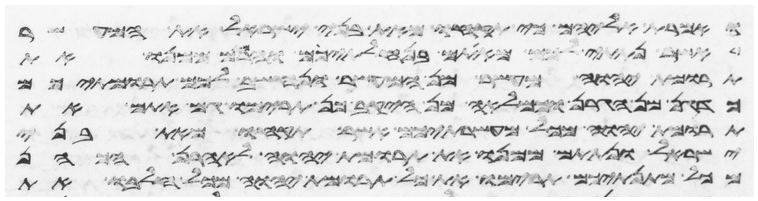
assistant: ואמרת אליהם כי תקחו מאת בני ישראל את המעשר
אשר נתתי לכם מאתם בנחלתיכם והרמתם ממנו את
תרומת יהוה מעשר מן המעשר ונחשב לכם תרומתיכם
כדגן מן הגרן וכמלאה מן היקב כן תרימו גם אתם את
תרומת יהוה מכל מעשרתיכם אשר תקחו מאת בני
ישראל ונתתם ממנו את תרומת יהוה לאהרן הכהן
מכל מתנתיכם תרימו את כל תרומת יהוה מכל חלבו את